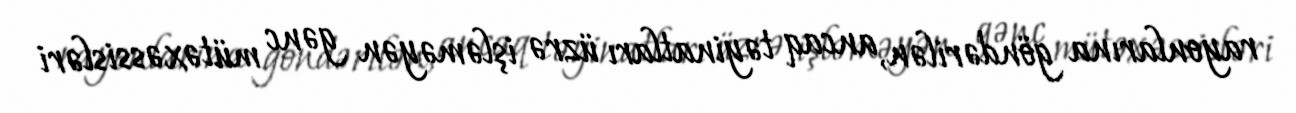
rayonlarına göndərilən, ancaq təyinatları üzrə işləməyən gənc mütəxəssisləri